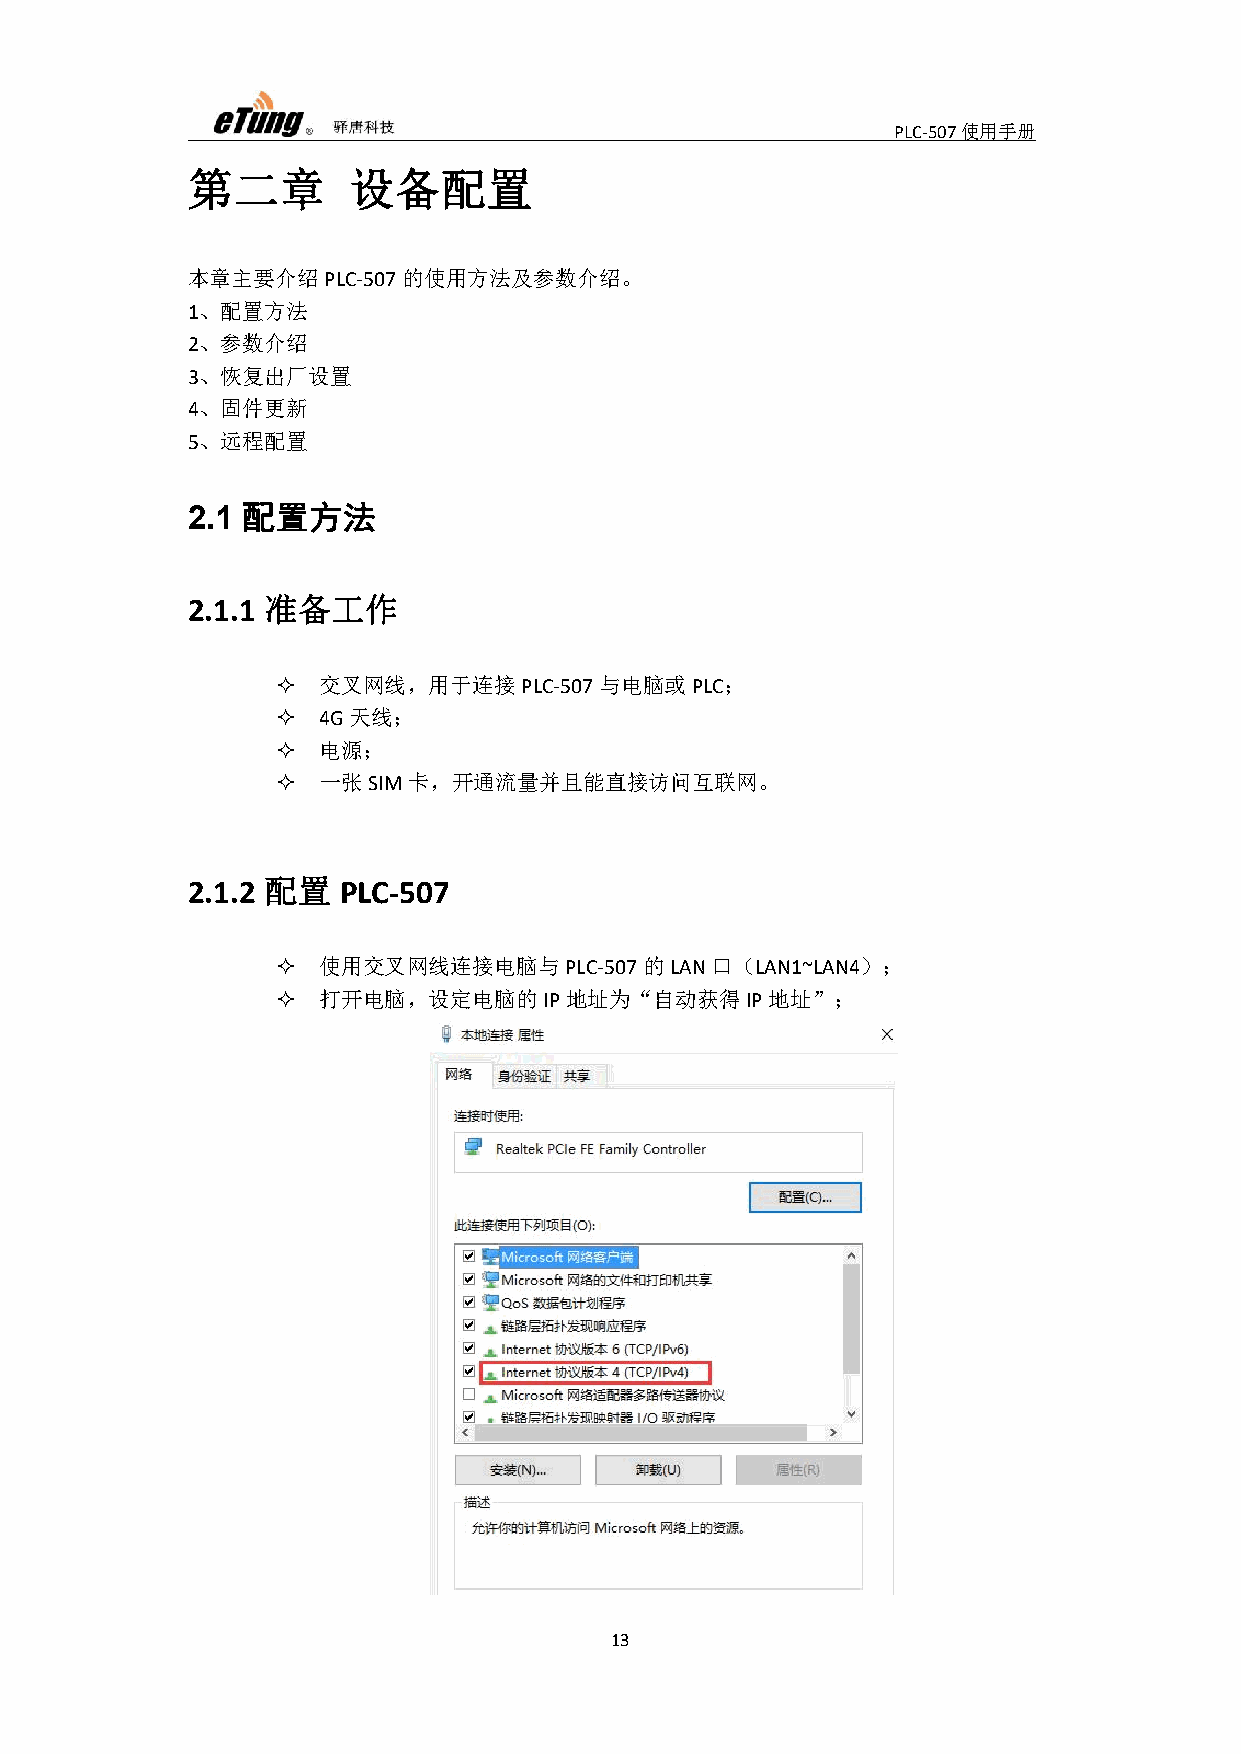
PLC-507使用手册
 第二章        设备配置
 本章主要介绍PLC-507的使用方法及参数介绍。
 1、配置方法
 2、参数介绍
 3、恢复出厂设置
 4、固件更新
 5、远程配置
 配置方法
 2.1
 准备工作
 2.1.1
   交叉网线，用于连接PLC-507与电脑或PLC；
   4G天线；
   电源；
   一张SIM卡，开通流量并且能直接访问互联网。
 配置
 2.1.2     PLC-507
   使用交叉网线连接电脑与PLC-507的LAN口（LAN1~LAN4）；
   打开电脑，设定电脑的IP地址为“自动获得IP地址”；
 13